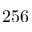
2 5 6